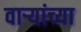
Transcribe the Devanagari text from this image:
वाऱ्यांच्या